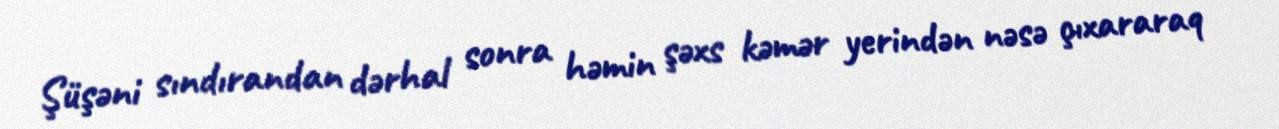
Şüşəni sındırandan dərhal sonra həmin şəxs kəmər yerindən nəsə çıxararaq